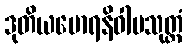
ဒုတိယမောရနိဝါပသုတ္တံ